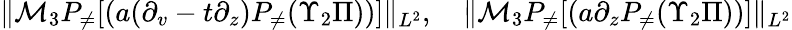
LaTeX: \begin{array}{r}{\| \mathcal{M}_{3}P_{\neq}[(a(\partial_{v}-t\partial_{z})P_{\neq}(\Upsilon_{2}\Pi))]\| _{L^{2}},\quad\| \mathcal{M}_{3}P_{\neq}[(a\partial_{z}P_{\neq}(\Upsilon_{2}\Pi))]\| _{L^{2}}}\end{array}